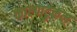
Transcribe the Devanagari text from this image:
काल्पाटुकल्